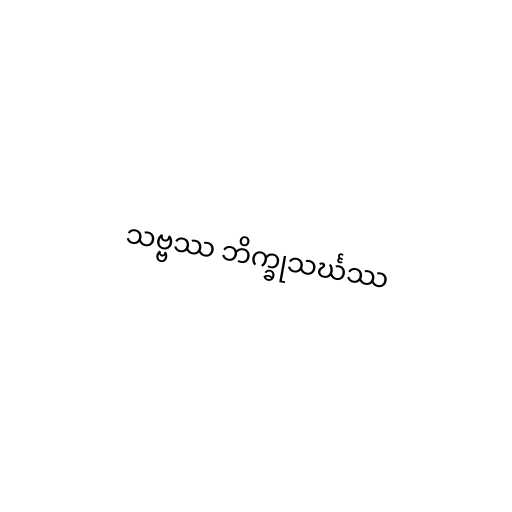
သဗ္ဗဿ ဘိက္ခုသင်္ဃဿ